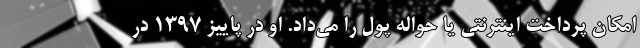
امکان پرداخت اینترنتی یا حواله پول را می‌داد. او در پاییز ۱۳۹۷ در